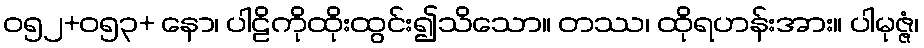
ဝ၅၂+၀၅၃+ နော၊ ပါဠိကိုထိုးထွင်း၍သိသော။ တဿ၊ ထိုရဟန်းအား။ ပါမုဇ္ဇံ၊